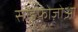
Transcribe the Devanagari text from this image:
साइफोज़ोआ